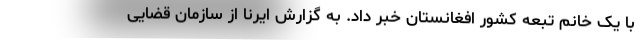
با یک خانم تبعه کشور افغانستان خبر داد. به گزارش ایرنا از سازمان قضایی